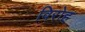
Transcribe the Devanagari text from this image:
विरोह